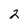
Character: 2